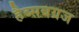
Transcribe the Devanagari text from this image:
हैब्सबग्रज